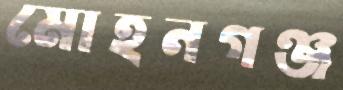
মোহনগঞ্জ